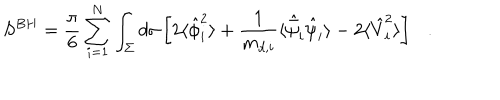
LaTeX: S ^ { B H } = { \frac { \pi } { 6 } } \sum _ { i = 1 } ^ { N } \int _ { \Sigma } d \sigma \left[ 2 \langle \hat { \phi } _ { i } ^ { 2 } \rangle + { \frac { 1 } { m _ { d , i } } } \langle \hat { \bar { \psi } } _ { i } \hat { \psi } _ { i } \rangle - 2 \langle \hat { V } _ { i } ^ { 2 } \rangle \right] .